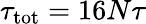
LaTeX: \tau_{\mathrm{tot}}=16N\tau